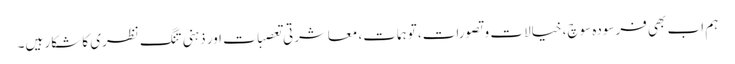
ہم اب بھی فرسودہ سوچ، خیالات و تصورات، توہمات، معاشرتی تعصبات اور ذہنی تنگ نظری کا شکار ہیں۔